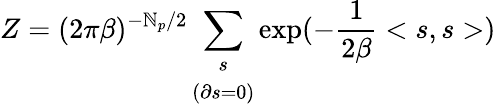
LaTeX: Z=(2\pi\beta)^{-\mathbb{N}_{p}/2}\sum_{\begin{array}{c}{{s}}\\ {{\left(\partial s=0\right)}}\end{array}}\exp(-\frac{{1}}{{2\beta}}<s,s>)